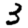
Digit: 3